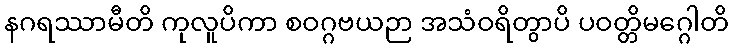
နဂရဿာမီတိ ကုလူပိကာ စဝဂ္ဂဗယဉာ အသံဝရိတွာပိ ပဝတ္တိမဂ္ဂေါတိ